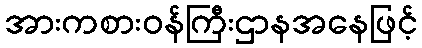
အားကစားဝန်ကြီးဌာနအနေဖြင့်